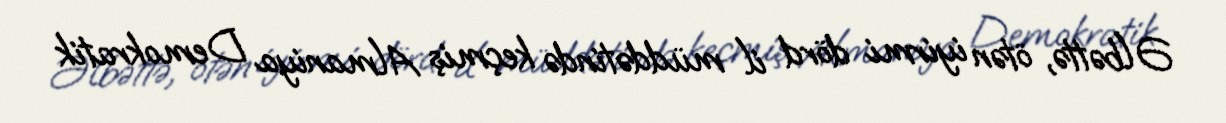
Əlbəttə, ötən iyirmi dörd il müddətində keçmiş Almaniya Demokratik